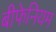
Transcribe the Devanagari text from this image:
बीफेनियम